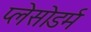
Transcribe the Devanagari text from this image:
प्लेसोडर्म